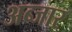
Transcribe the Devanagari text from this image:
अब्जार